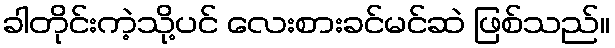
ခါတိုင်းကဲ့သို့ပင် လေးစားခင်မင်ဆဲ ဖြစ်သည်။